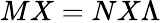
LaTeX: MX=NX\Lambda